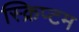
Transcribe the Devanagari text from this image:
स्क्रिप्टम